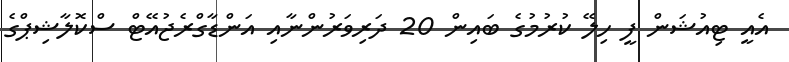
އެއީ ޓިއުޝަން ފީ ހިލޭ ކުރުމުގެ ބައިން 20 ދަރިވަރުންނާއި އަންޑާގްރެޖުއޭޓް ސްކޮލާޝިޕްގެ